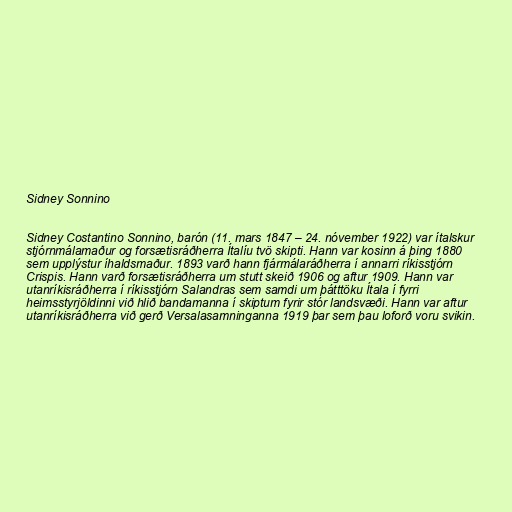
Sidney Sonnino

Sidney Costantino Sonnino, barón (11. mars 1847 – 24. nóvember 1922) var ítalskur
stjórnmálamaður og forsætisráðherra Ítalíu tvö skipti. Hann var kosinn á þing 1880
sem upplýstur íhaldsmaður. 1893 varð hann fjármálaráðherra í annarri ríkisstjórn
Crispis. Hann varð forsætisráðherra um stutt skeið 1906 og aftur 1909. Hann var
utanríkisráðherra í ríkisstjórn Salandras sem samdi um þátttöku Ítala í fyrri
heimsstyrjöldinni við hlið bandamanna í skiptum fyrir stór landsvæði. Hann var aftur
utanríkisráðherra við gerð Versalasamninganna 1919 þar sem þau loforð voru svikin.